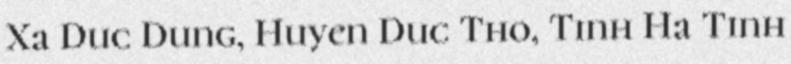
Xa Duc Dung, Huyen Duc Tho, Tinh Ha Tinh